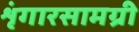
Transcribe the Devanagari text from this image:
शृंगारसामग्री